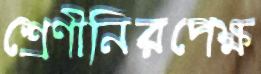
শ্রেণীনিরপেক্ষ